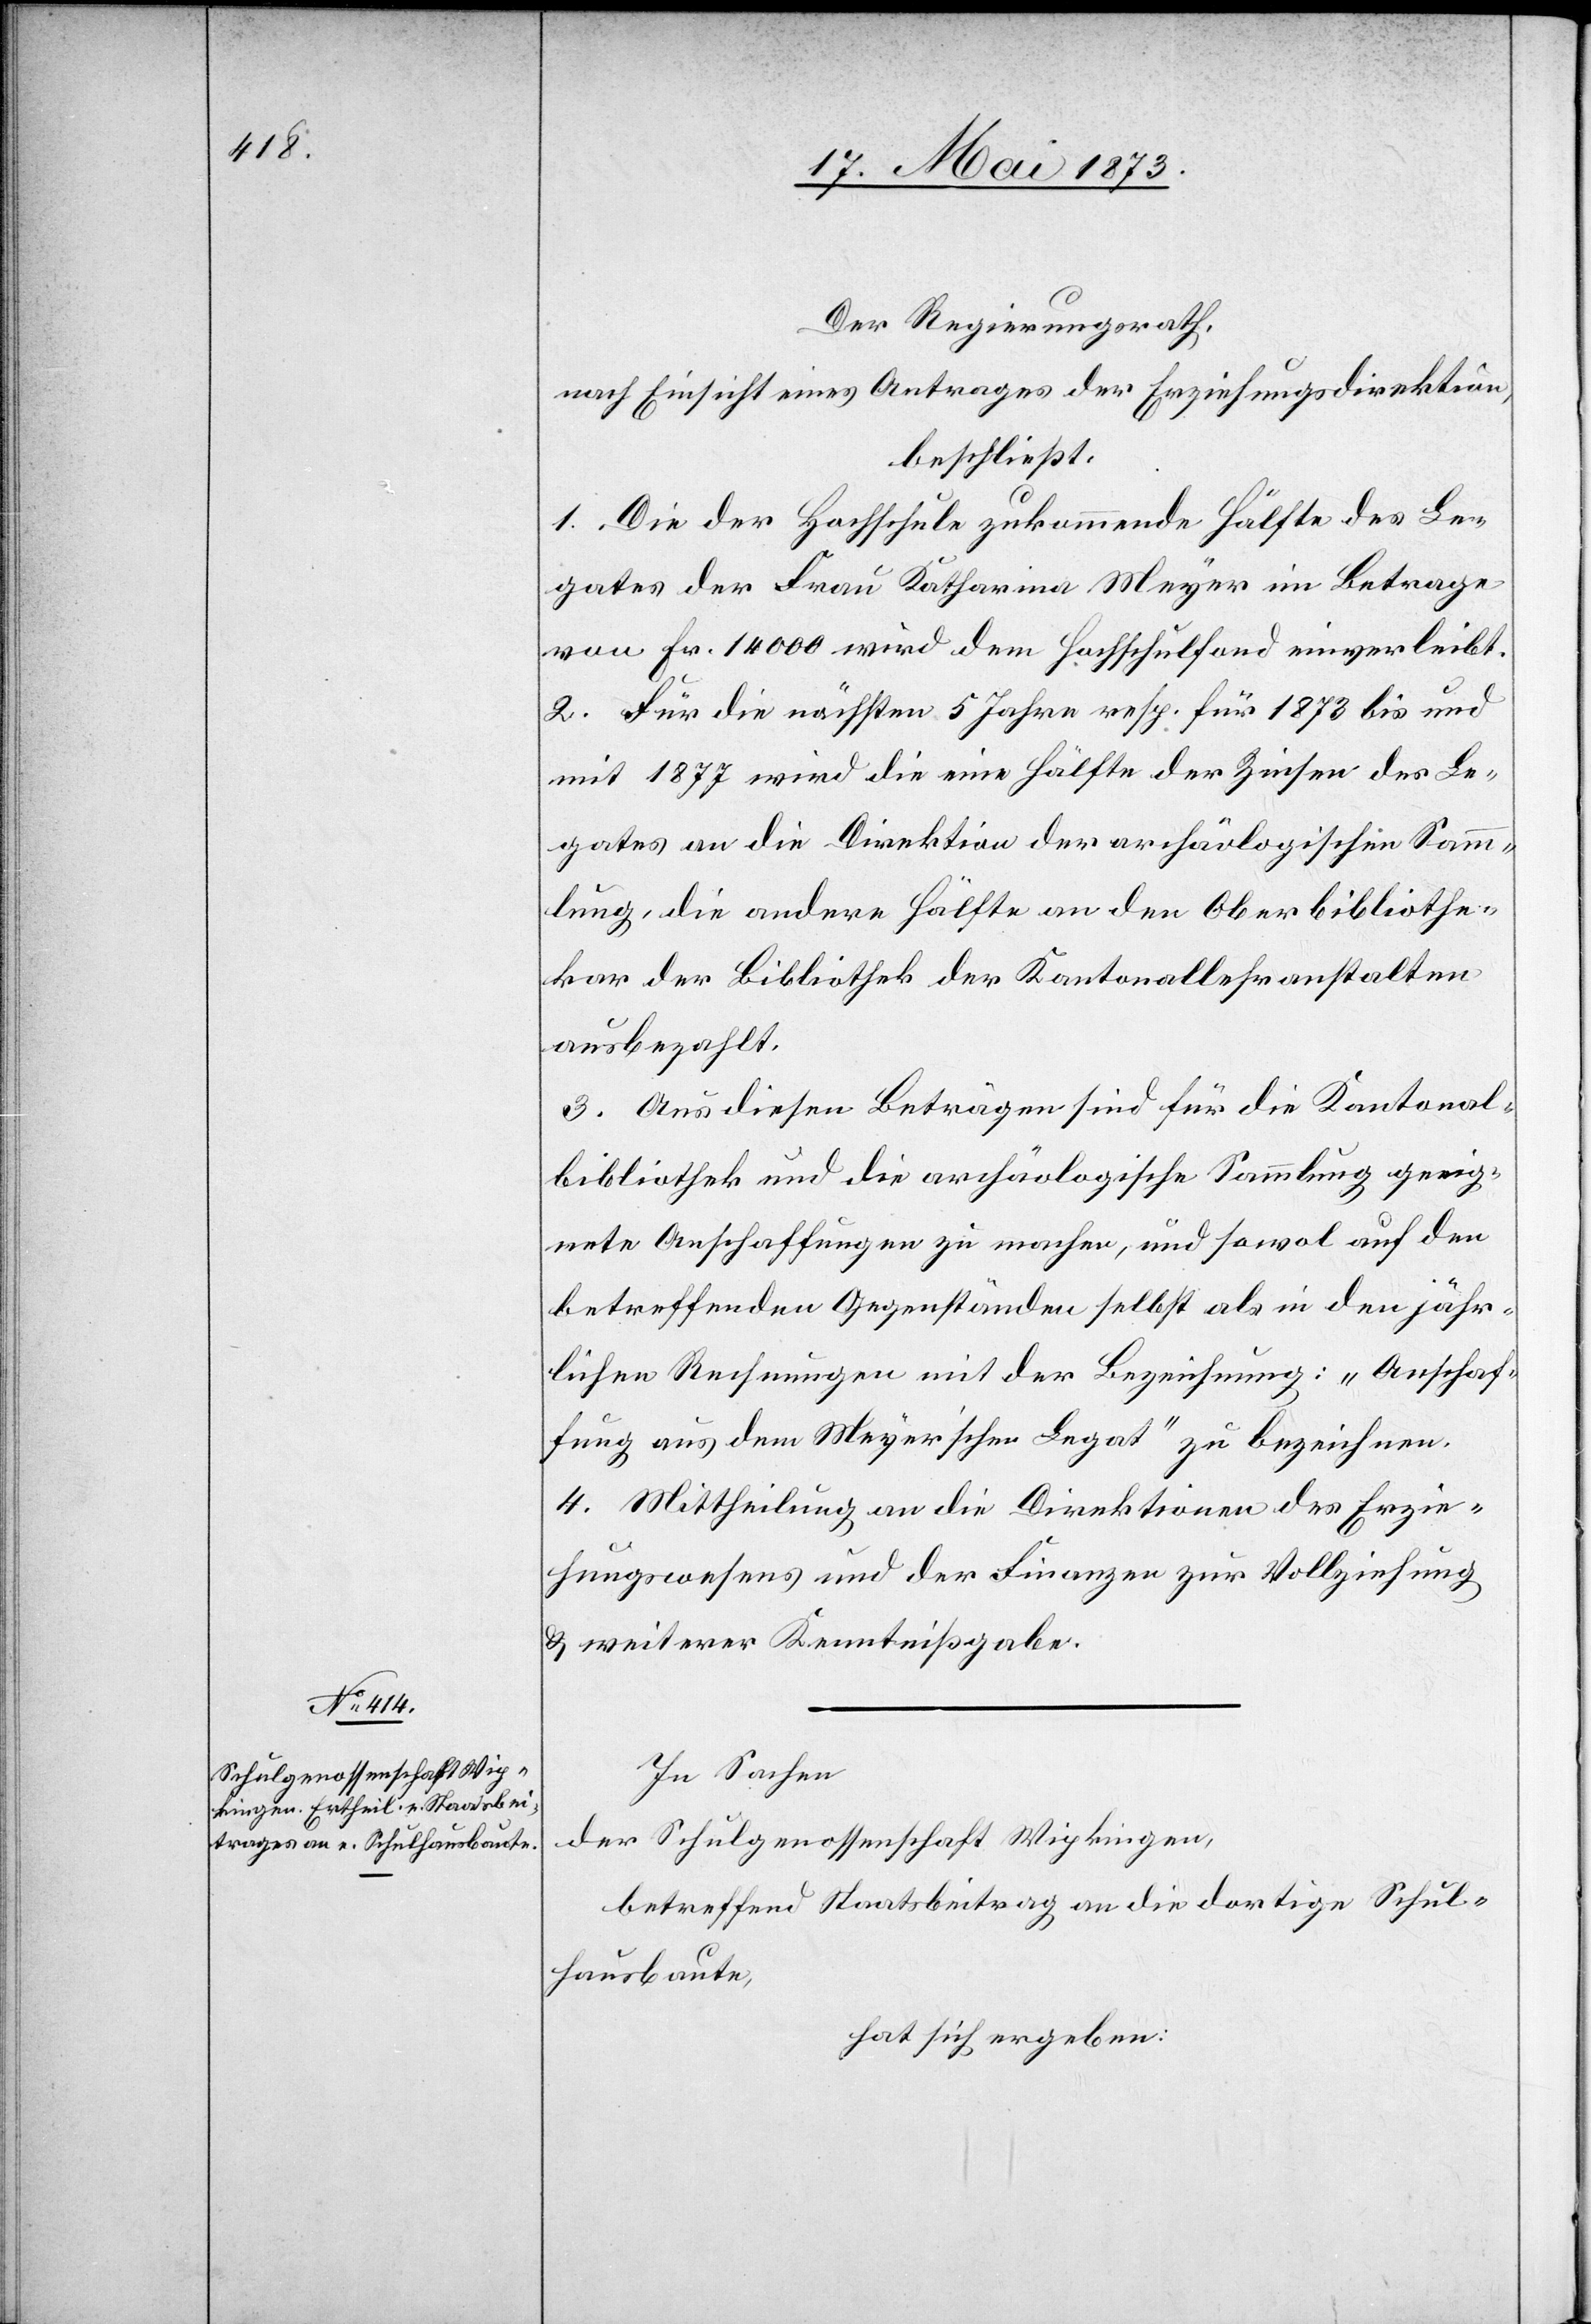
Der Regierungsrath,
nach Einsicht eines Antrages der Erziehungsdirektion,
beschließt:
1. Die der Hochschule zukommende Hälfte des Le¬
gates der Frau Katharina Meyer im Betrage
von Fr. 14 000 wird dem Hochschulfond einverleibt.
2. Für die nächsten 5 Jahre resp. für 1873 bis und
mit 1877 wird die eine Hälfte der Zinsen des Le¬
gates an die Direktion der archäologischen Samm¬
lung, die andere Hälfte an den Oberbibliothe¬
kar der Bibliothek der Kantonallehranstalten
ausbezahlt.
3. Aus diesen Beträgen sind für die Kantonal¬
bibliothek und die archäologische Sammlung geeig¬
nete Anschaffungen zu machen, und sowol auf den
betreffenden Gegenständen selbst als in den jähr¬
lichen Rechnungen mit der Bezeichnung: „Anschaf¬
fung aus dem Meyer’schen Legat“ zu bezeichnen.
4. Mittheilung an die Direktionen des Erzie¬
hungswesens und der Finanzen zur Vollziehung
& weiterer Kenntnißgabe.
In Sachen
der Schulgenossenschaft Wipkingen,
betreffend Staatsbeitrag an die dortige Schul¬
hausbaute,
hat sich ergeben: